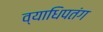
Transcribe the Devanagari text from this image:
व्याधिपतंग